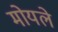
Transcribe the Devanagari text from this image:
मोयले